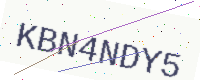
Text: KBN4NDY5